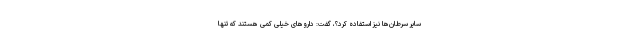
سایر سرطان‌ها نیز استفاده کرد؟، گفت: داروهای خیلی کمی هستند که تنها